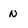
Character: n